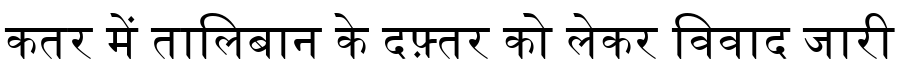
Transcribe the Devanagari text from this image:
कतर में तालिबान के दफ़्तर को लेकर विवाद जारी